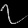
Digit: ၇